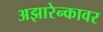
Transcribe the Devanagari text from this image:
अझारेन्कावर